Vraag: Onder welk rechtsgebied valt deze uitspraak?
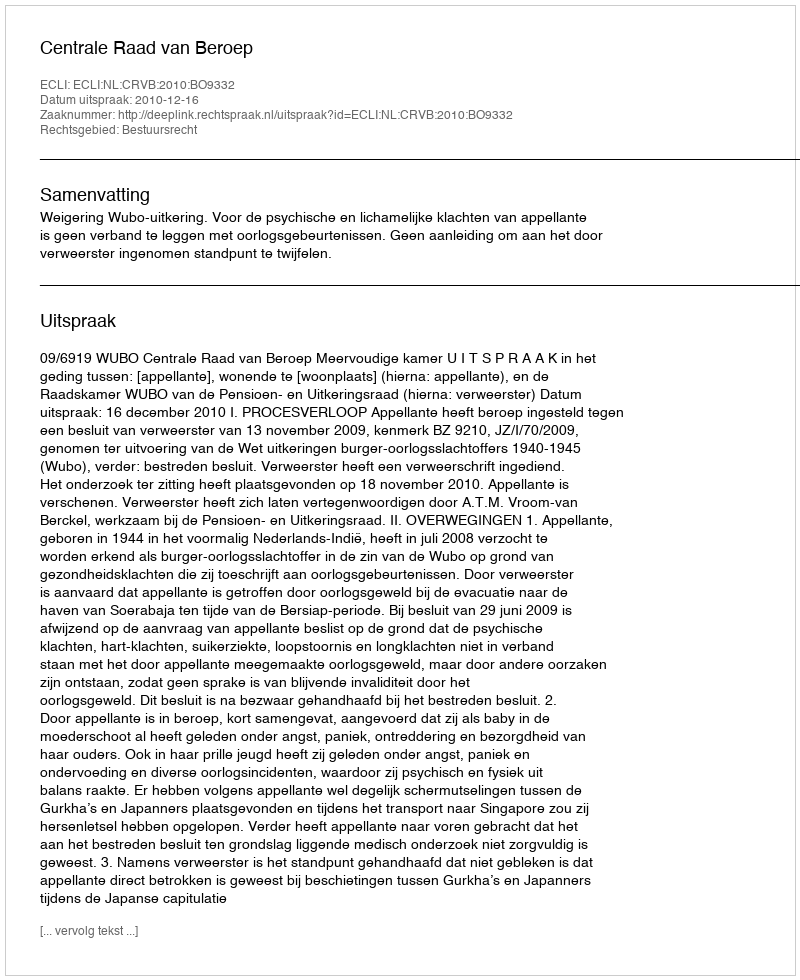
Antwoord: Bestuursrecht